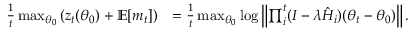
\begin{array} { r l } { \frac { 1 } { t } \operatorname* { m a x } _ { \theta _ { 0 } } \left( z _ { t } ( \theta _ { 0 } ) + \mathbb { E } [ m _ { t } ] \right) } & { = \frac { 1 } { t } \operatorname* { m a x } _ { \theta _ { 0 } } \log \left\| \prod _ { i } ^ { t } ( I - \lambda \hat { H } _ { i } ) ( \theta _ { t } - \theta _ { 0 } ) \right\| . } \end{array}